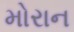
મોરાન